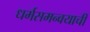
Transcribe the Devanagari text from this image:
धर्मसमन्वयाची